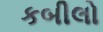
કબીલો